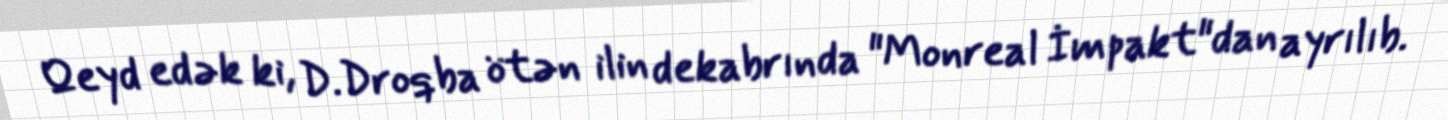
Qeyd edək ki, D.Droqba ötən ilin dekabrında "Monreal İmpakt"dan ayrılıb.